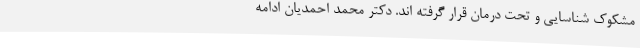
مشکوک شناسایی و تحت درمان قرار گرفته اند. دکتر محمد احمدیان ادامه